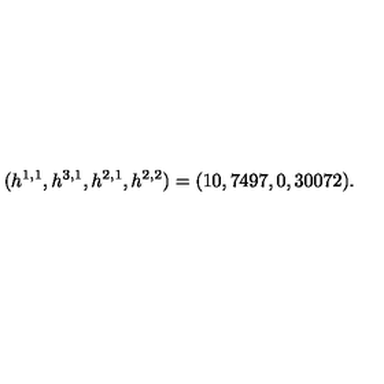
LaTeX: ( h ^ { 1 , 1 } , h ^ { 3 , 1 } , h ^ { 2 , 1 } , h ^ { 2 , 2 } ) = ( 1 0 , 7 4 9 7 , 0 , 3 0 0 7 2 ) .